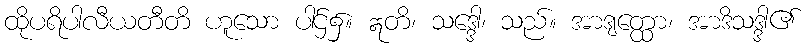
ထိုပရိပါလီယတီတိ ဟူသော ပါဌ်၌။ ဣတိ၊ သဒ္ဒေါ၊ သည်။ အာဒျတ္ထော၊ အာဒိသဒ္ဒါ၏